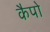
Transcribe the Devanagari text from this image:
कैपो